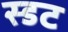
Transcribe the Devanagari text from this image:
स्डट